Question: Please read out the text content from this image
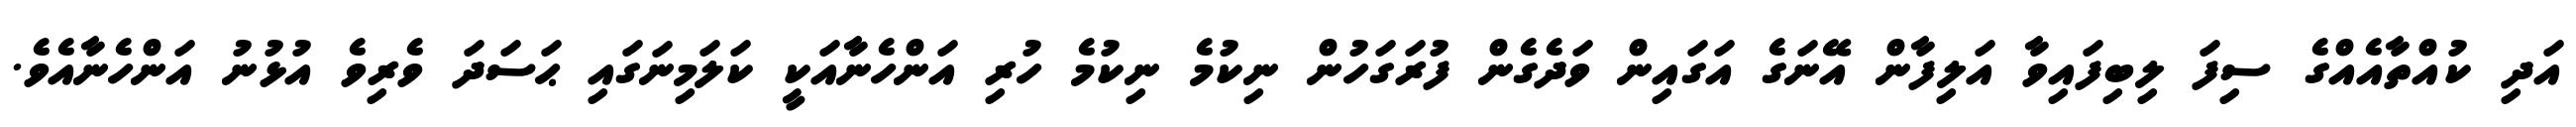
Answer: އަދި ކުއްތާއެއްގެ ސިފަ ލިބިފައިވާ އަލިފާން އޭނަގެ އަގައިން ވަދެގެން ފުރަގަހުން ނިކުމެ ނިކުމެ ހުރި އަންހެނާއަކީ ކަލަމިނަގައި ޙަސަދަ ވެރިވެ އުޅުނު އަންހެނާއެވެ.